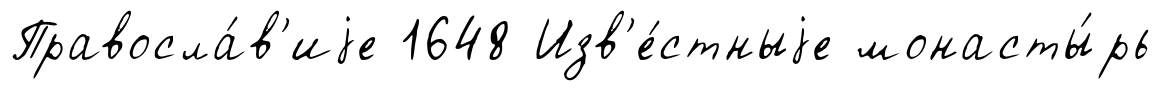
Правосла́в'иjе 1648 Изв'е́стныjе монасты́рь